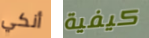
أنكي كيفية